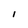
Character: 1